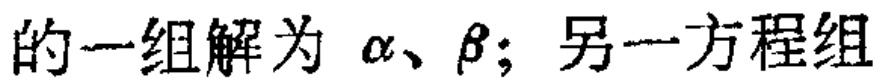
的一组解为 \(\alpha、\beta\)；另一方程组